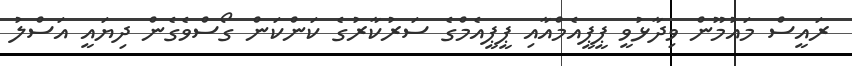
ރައީސް މައުމޫން ވިދާޅުވީ ޕީޕީއެމްއާއި ޕީޕީއެމްގެ ސަރުކާރުގެ ކަންކަން ގޯސްވެގެން ދިޔައީ އަސްލު